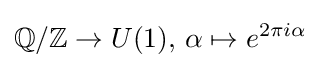
\mathbb {Q} /\mathbb {Z} \to U(1),\,\alpha \mapsto e^{2\pi i\alpha }